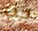
حب